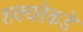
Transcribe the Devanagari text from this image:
शक्यतेकडे